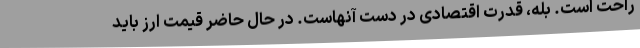
راحت است. بله، قدرت اقتصادی در دست آنهاست. در حال حاضر قیمت ارز باید